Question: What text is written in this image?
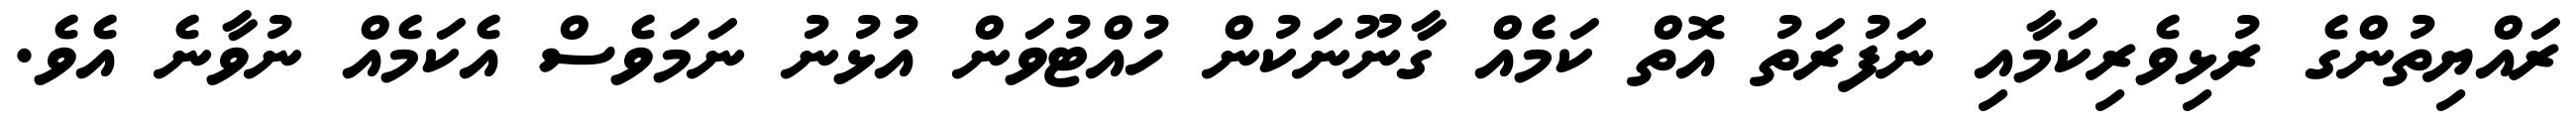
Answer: ރައްޔިތުންގެ ރުޅިވެރިކަމާއި ނަފުރަތު އޮތް ކަމެއް ގާނޫނަކުން ހުއްޓުވަން އުޅުނު ނަމަވެސް އެކަމެއް ނުވާނެ އެވެ.